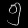
Digit: ၅